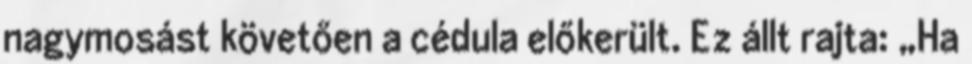
nagymosást követően a cédula előkerült. Ez állt rajta: „Ha